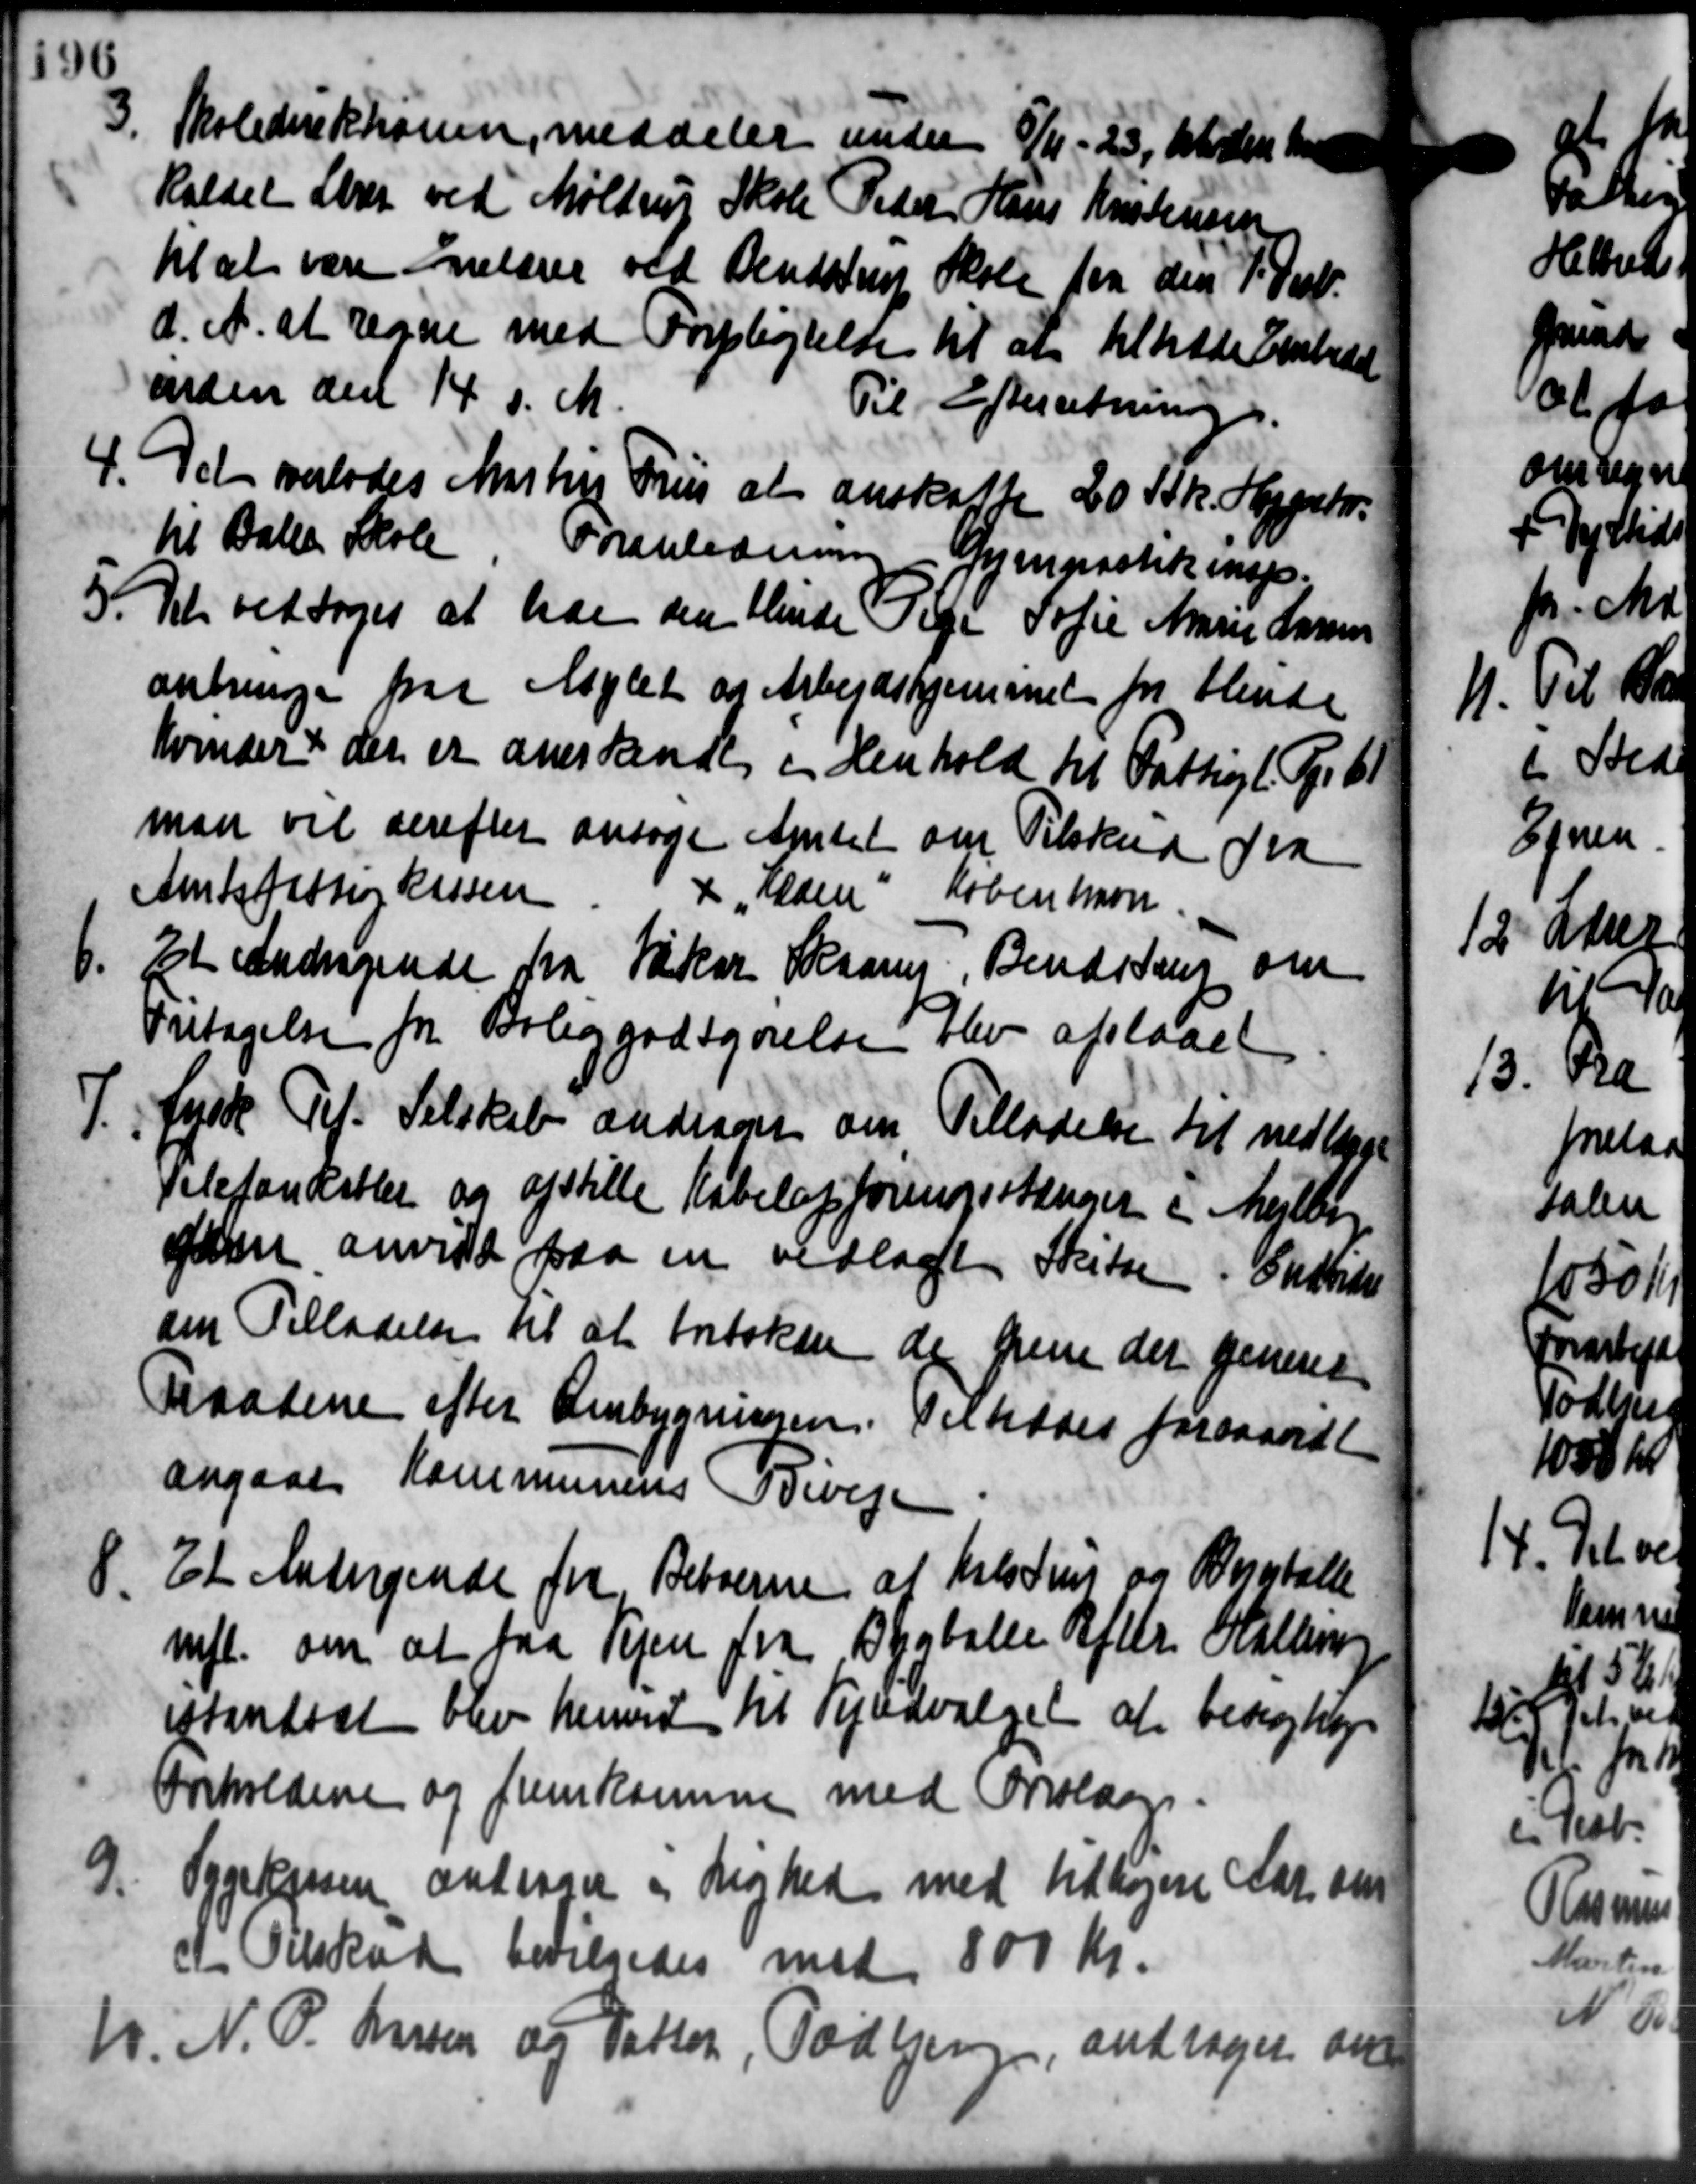
Transskription:
3. Skoledirektionen, meddeler under 8/11 - 253, uden har
3. Skoledirektionen, meddeler under 8/11 - 253, uden har
Kaldet Lærer ved Møldrup Skole Peder Hans Kristensen
til at være Anelærer ved Bendstrup Skole fra den 1 Dcb.
d. A. at regne med Forpligtelse til at tiltræde Arbedet
inden den 14 d. M.
Til Efterretning.
4. Det verlodes Martin Pris at anskaffe 20 Stk. Hypsto
4. Det verlodes Martin Pris at anskaffe 20 Stk. Hypsto
til Balle Skole Foranledning - Gymnastikings-
5. Det vedtoges at han den blinde Pige Sofie Marie Larsen
5. Det vedtoges at han den blinde Pige Sofie Marie Larsen
anbringe paa Asylet og Arbejdshjemmet for Hende
Kvinder i der er anerkendes i Henhold til Fattigl. Nr. 61
man vil derefter ansøge Amtet om Tilskud fra
Amtsfattigkassen + "Klaen " København
1.
Et Andragende fra Vakar Skaarup, Bendstrup om
Fritagelse for Bolig godtgørelse Elev afslaaet

tysk Til Selskab andrager om Tilladelse til nedlagt
Telefonkabler og opstille Kabelopføringsstanger i Mejlby
gden anviste paa en vedlagt Skitsen: Indvider
om Tilladelse til at bortakon de frem der generet
Raadene efter Ombygningen. Dertodes forsaavidt
angaaet Kommunens Biveje
8. Et Andragende fra Beboerne at tilstrus og Borgballe
8. Et Andragende fra Beboerne at tilstrus og Borgballe
nfl. om at faa Vejen fra Bygballe Rfebr. Hallerup
istandsat blev henvend til Vejudvalget at besigtige
Oreholdene og fremkommen med Omslag.
9. Sygekassen andrager og Lighed med Udkørere Aar om
9. Sygekassen andrager og Lighed med Udkørere Aar om
 Tilskud bevilgedes med 800 Kr.
N. N. P. Larsen og Datter, Todbjerg, andrager om
N. N. P. Larsen og Datter, Todbjerg, andrager om